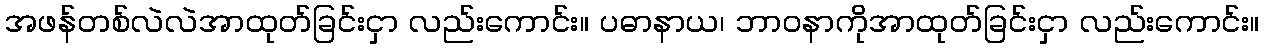
အဖန်တစ်လဲလဲအာထုတ်ခြင်းငှာ လည်းကောင်း။ ပဓာနာယ၊ ဘာဝနာကိုအာထုတ်ခြင်းငှာ လည်းကောင်း။